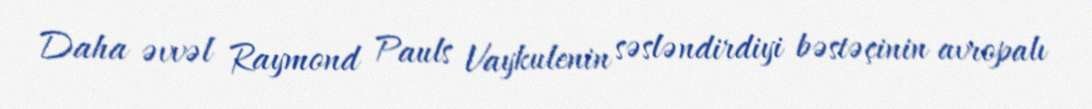
Daha əvvəl Raymond Pauls Vaykulenin səsləndirdiyi bəstəçinin avropalı